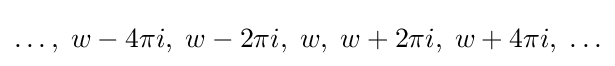
\ldots ,\;w-4\pi i,\;w-2\pi i,\;w,\;w+2\pi i,\;w+4\pi i,\;\ldots